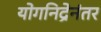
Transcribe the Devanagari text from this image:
योगनिद्रेनंतर